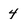
Character: 4